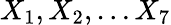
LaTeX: X_{1},X_{2},\dots X_{7}